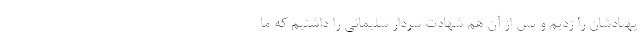
پهپادشان را زدیم و پس از آن هم شهادت سردار سلیمانی را داشتیم که ما